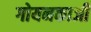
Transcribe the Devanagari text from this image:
गोयनकाजी